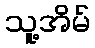
သူ့အိမ်